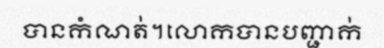
បានកំណត់។លោកបានបញ្ជាក់